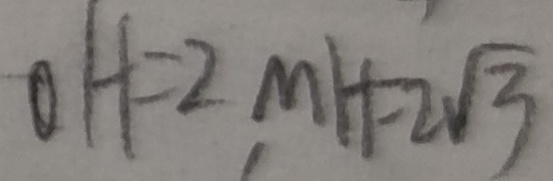
O H = 2 , M H = 2 \sqrt { 3 }